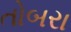
તોબરા